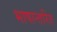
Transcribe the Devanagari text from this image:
भाषान्तरित